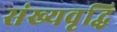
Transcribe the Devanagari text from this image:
संख्यवृद्धि